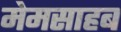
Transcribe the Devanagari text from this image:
मेमसाहब